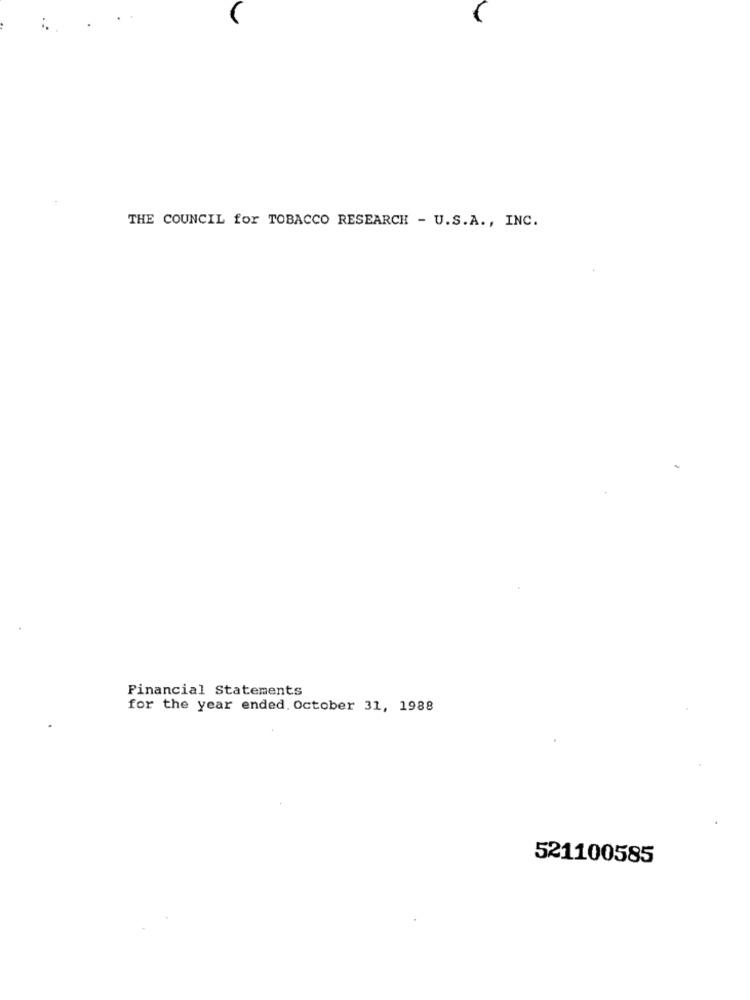
THE COUNCIL for TOBACCO RESEARCH - U.S.A ., INC.
Financial Statements
for the year ended. October 31, 1988
521100585